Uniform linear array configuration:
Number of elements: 48
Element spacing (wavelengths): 1
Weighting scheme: kaiser
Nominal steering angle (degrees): -30
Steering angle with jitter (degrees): -30.35
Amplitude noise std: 0.05
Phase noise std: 0.05

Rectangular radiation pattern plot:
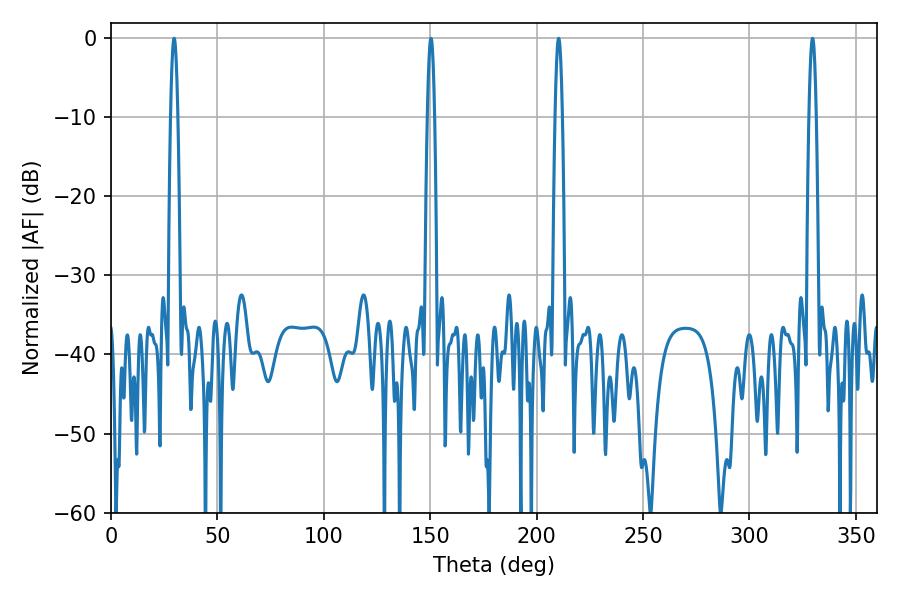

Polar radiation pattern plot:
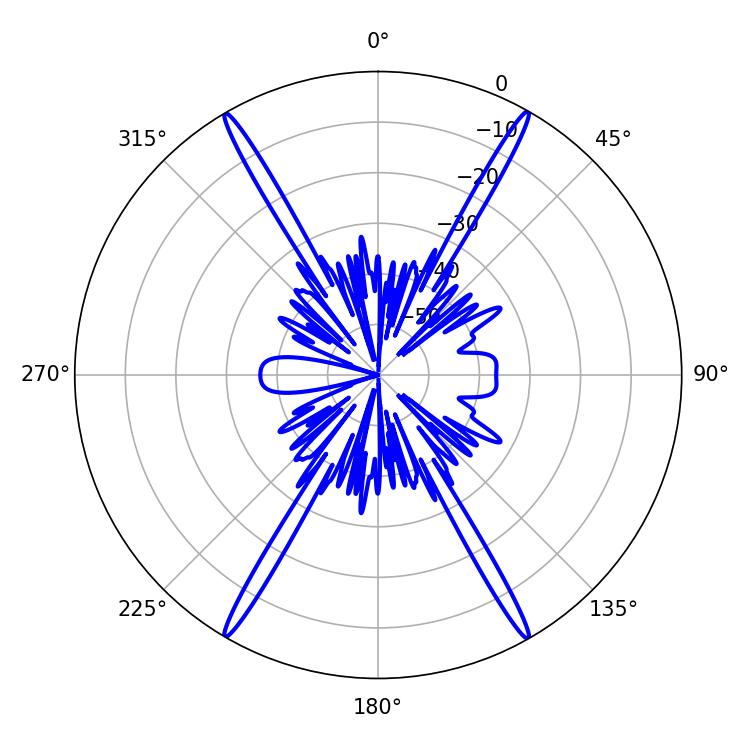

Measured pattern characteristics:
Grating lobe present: TRUE
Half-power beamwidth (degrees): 1.8
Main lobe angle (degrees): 150.3